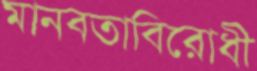
মানবতাবিরোধী